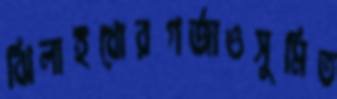
ঝিলাইখোরগর্‌জাওসুমিত